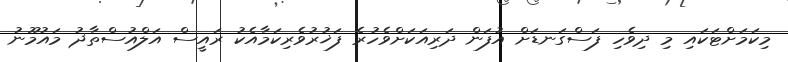
މިކަމަށްޓަކައި މި ދިވެހި ފަސްގަނޑަށް އުފަން ދަރިއަކަށްވެހުރެ ފަޚުރުވެރިކަމާއެކު ރައީސް އަލްއުސްތާޛު މައުމޫނު